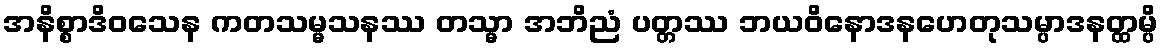
အနိစ္စာဒိဝသေန ကတသမ္မသနဿ တသ္မာ အဘိညံ ပတ္တဿ ဘယဝိနောဒနဟေတုသမ္ပာဒနတ္ထမ္ပိ